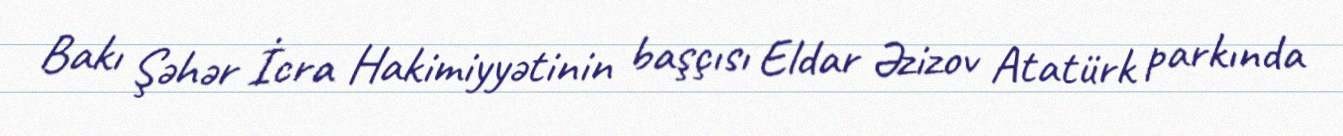
Bakı Şəhər İcra Hakimiyyətinin başçısı Eldar Əzizov Atatürk parkında